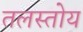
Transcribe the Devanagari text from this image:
तलस्तोय